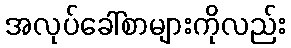
အလုပ်ခေါ်စာများကိုလည်း